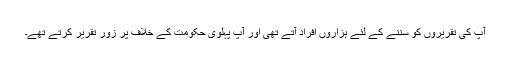
آپ کی تقریروں کو سننے کے لئے ہزاروں افراد آتے تھی اور آپ پہلوی حکومت کے خلاف پر زور تقریر کرتے تھے۔